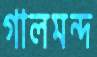
গালমন্দ